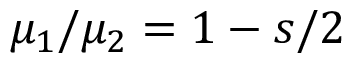
\mu _ { 1 } / \mu _ { 2 } = 1 - s / 2